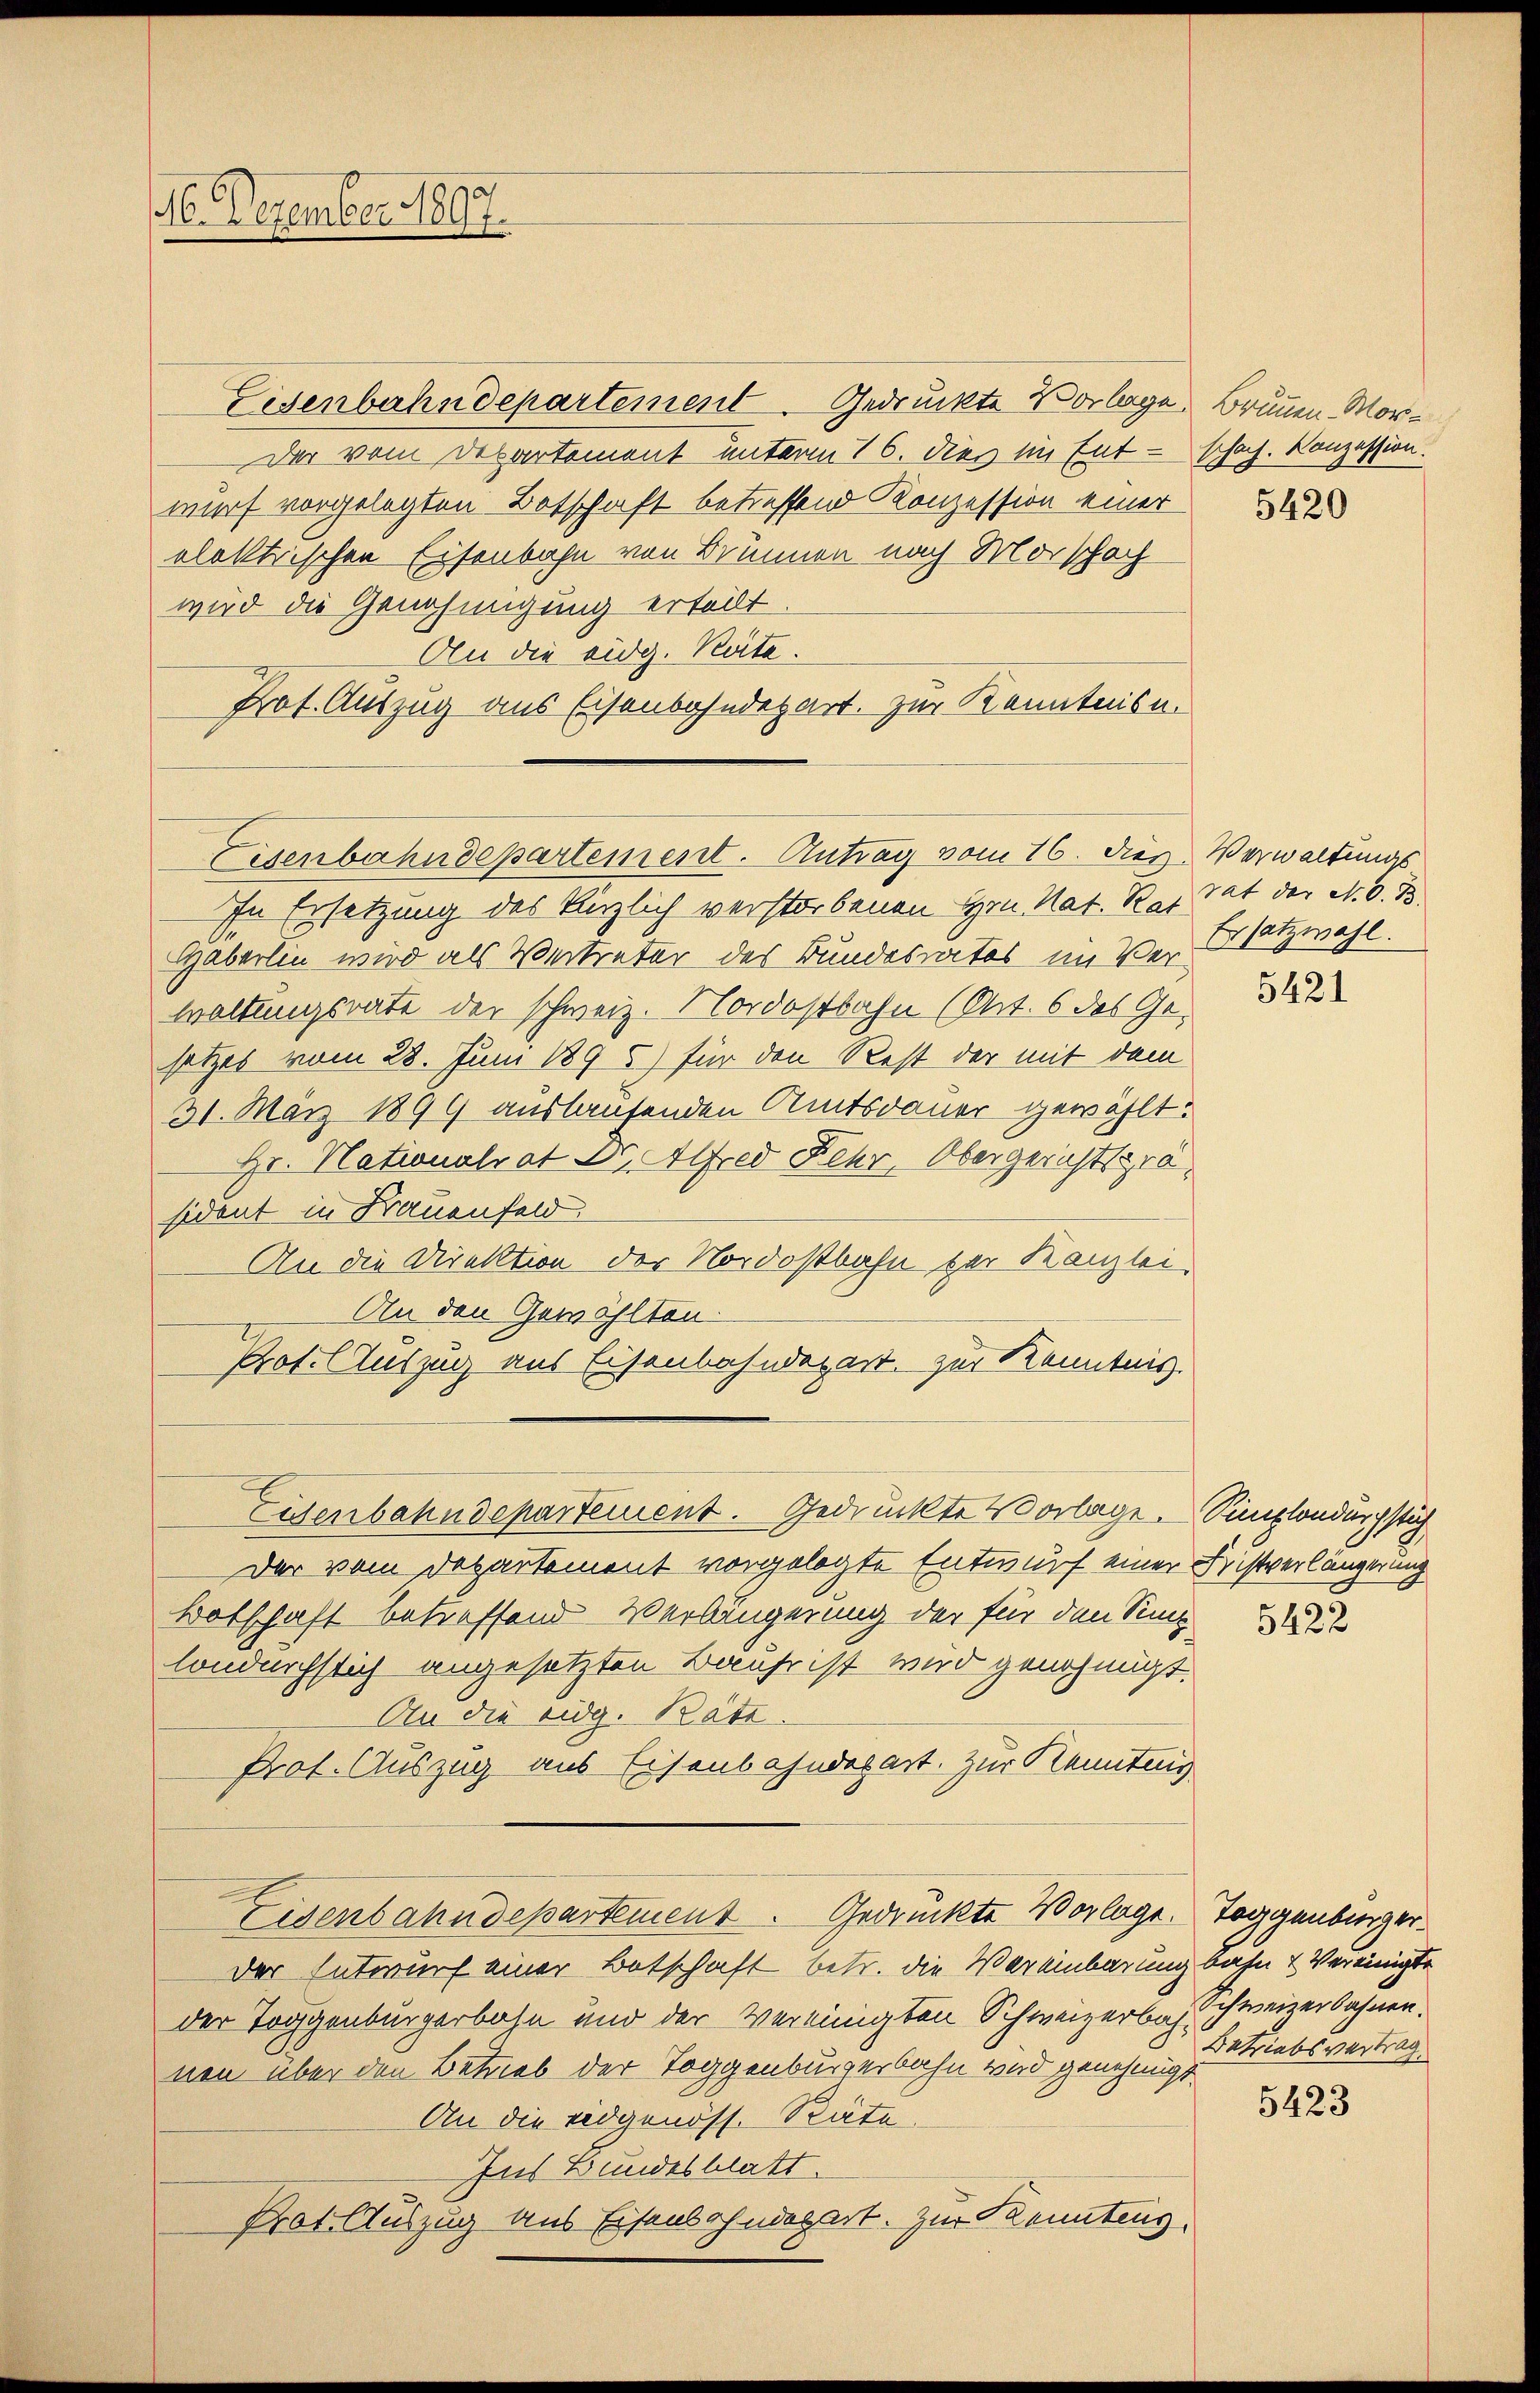
16. Dezember 1807.

Eisenbahndepartement. Gedruckte Vorlage. Brunnen. Mor¬
Der vom Departement unterm 16. dies im Entschach. Konzession.
wurf vorgelegten Botschaft betreffend Konzession einer
elektrischen Eisenbahn von Brunnen nach Morschach
wird die Genehmigung erteilt.
An die eidg. Räte.
Prot. Auszug aus Eisenbahndepart. Zur Kenntnisn.
In Ersetzung des Kinzlich verstorbenen Hrn. Nat. Rat tat der N. O. 13
Haberlin wird als Vertreter des Bundesrates im Verwaltungsrate der schweiz. Nordostbahn (Art. 6 des Gesatzes vom 28. Juni 1895) für den Rest der mit dem
31. März 1899 auslaufenden Amtsdauer gewählt:
Hr. Nationalrat Dr. Alfred Kehr, Obergerichtspräsident in Frauenfeld.
An die Direktion der Nordostbahn der Kanzlei.
An den Gewählten.
Prot. Auszug aus Eisenbahndepart. zur Kenntnis.
Eisenbahndepartement. Gedrückte Vorlage. Simplondurchstich
Der vom Departement vorgelegte Entwurf einer Fristverlängerung
Botschaft betreffend Verlängerung der für den Sip
londurchstich angesetzten Bauhr ist wird genehmigt.
An die eidg. Räte.
Prof. Auszug aus Eisenbahndepart. Zur Kennteng
Eisenbahndepartement. Gedrückte Vorlage. Toggenburger.
der Entwurf einer Botschaft betr. die Vereinbarung bahn & Vereinigte
der Toggenburgerbahn und der Vereinigten Schweizerbahn schweizerbahnen.
nen über den Betrieb der Toggenburgerbahn wird genehmigt.
An die Eidgenöss. Räte
Ins Bundesblatt.
Prot. Auszug aus Eisenbahndepart. Zur Kennteng

Eisenbahndepartement. Antrag vom 16. dies Verwaltungs-

5420

Ersatzwahl.

5421

5422

Betriebsvertrag

5423